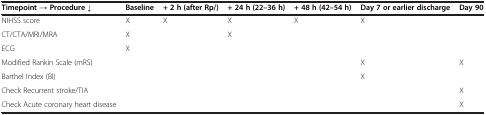
| Timepoint → Procedure ↓ | Baseline | + 2 h (after Rp/) | + 24 h (22–36 h) | + 48 h (42–54 h) | Day 7 or earlier discharge | Day 90 |
 | --- | --- | --- | --- | --- | --- | --- |
 | NIHSS score | X | X | X | X | X |  |
 | CT/CTA/MRI/MRA | X |  | X |  |  |  |
 | ECG | X |  |  |  |  |  |
 | Modified Rankin Scale (mRS) |  |  |  |  | X | X |
 | Barthel Index (BI) |  |  |  |  | X |  |
 | Check Recurrent stroke/TIA |  |  |  |  |  | X |
 | Check Acute coronary heart disease |  |  |  |  |  | X |